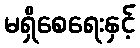
မရှိစေရေးနှင့်